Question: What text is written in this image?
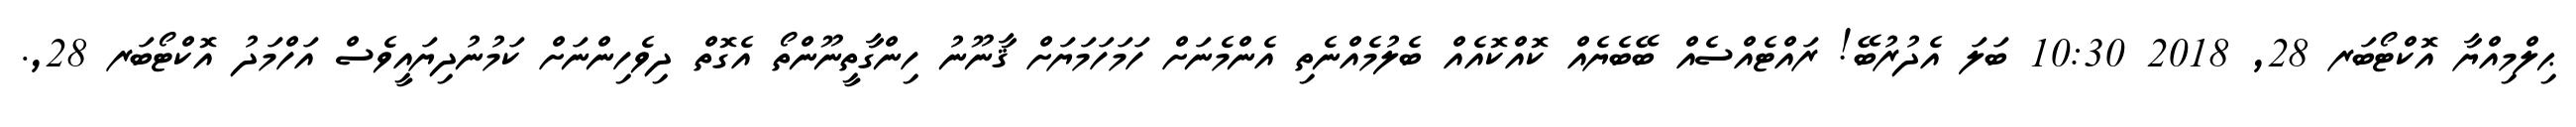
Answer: ޙިލްމިއްޔާ އޮކްޓޯބަރ 28, 2018 10:30 ބަލަ އެދުރުބޭ! ރައްޓެއްސެއް ބޭބެޔެއް ކޮއްކޮއެއް ބެލުމެއްނެތި އެންމެނަށް ހަމަހަމަޔަށް ޤާނޫނު ހިންގާތީނޫންތޯ އެގޮތް ދިވެހިންނަށް ކަމުނުދިޔައީވެސް އަހްމަދު އޮކްޓޯބަރ 28,.